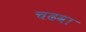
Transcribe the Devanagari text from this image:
चढवा